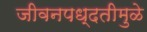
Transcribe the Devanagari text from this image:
जीवनपध्दतीमुळे